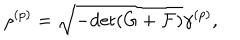
LaTeX: \rho ^ { ( p ) } = \sqrt { - \mathrm { d e t } ( G + { \cal F } ) } \gamma ^ { ( p ) } ,